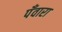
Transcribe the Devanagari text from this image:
पँवारा